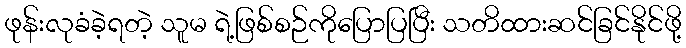
ဖုန်းလုခံခဲ့ရတဲ့ သူမ ရဲ့ဖြစ်စဉ်ကိုပြောပြပြီး သတိထားဆင်ခြင်နိုင်ဖို့